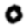
Digit: 0